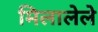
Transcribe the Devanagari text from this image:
मिलालेले